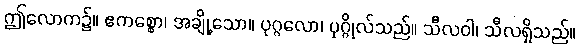
ဤလောက၌။ ဧကစ္စော၊ အချို့သော။ ပုဂ္ဂလော၊ ပုဂ္ဂိုလ်သည်။ သီလဝါ၊ သီလရှိသည်။